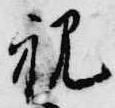
親